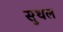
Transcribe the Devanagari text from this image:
सुथल